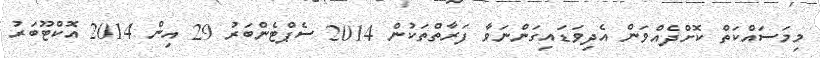
މިމަސައްކަތް ކޮށްދެއްވަން އެދިވަޑައިގަންނަވާ ފަރާތްތަކުން 2014 ސެޕްޓެންބަރު 29 އިން 2014 އޮކްޓޫބަރު